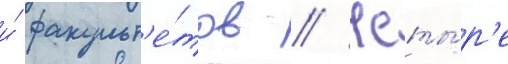
и́ факульт'е́тов // Четы́р'е